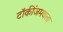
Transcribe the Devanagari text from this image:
टॉकींजमधला